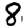
Digit: 8